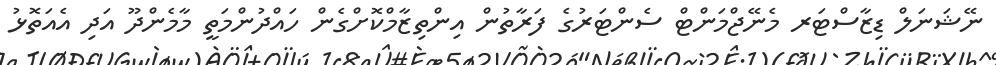
ނޭޝަނަލް ޑިޒާސްޓަރ މެނޭޖްމަންޓް ސެންޓަރުގެ ފަރާތުން އިންތިޒާމްކޮށްގެން ހައްދުންމަތީ މާމެންދޫ އަދި އެއަތޮޅު